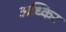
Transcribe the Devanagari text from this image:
अध्किर